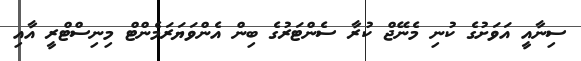
ސިނާއީ އަވަށުގެ ކުނި މެނޭޖް ކުރާ ސެންޓަރުގެ ބިން އެންވަޔަރަމެންޓް މިނިސްޓްރީ އާއި